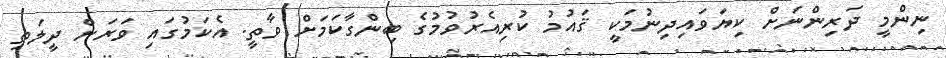
ނިންމީ ދަރިންނަށް ކިޔަވައިދިނުމަކީ ޤައުމު ކުރިއެރުވުމުގެ ބިންގާކަމަށް ވާތީ. އެކަމުގައި ވަރަށް ދީލަތި